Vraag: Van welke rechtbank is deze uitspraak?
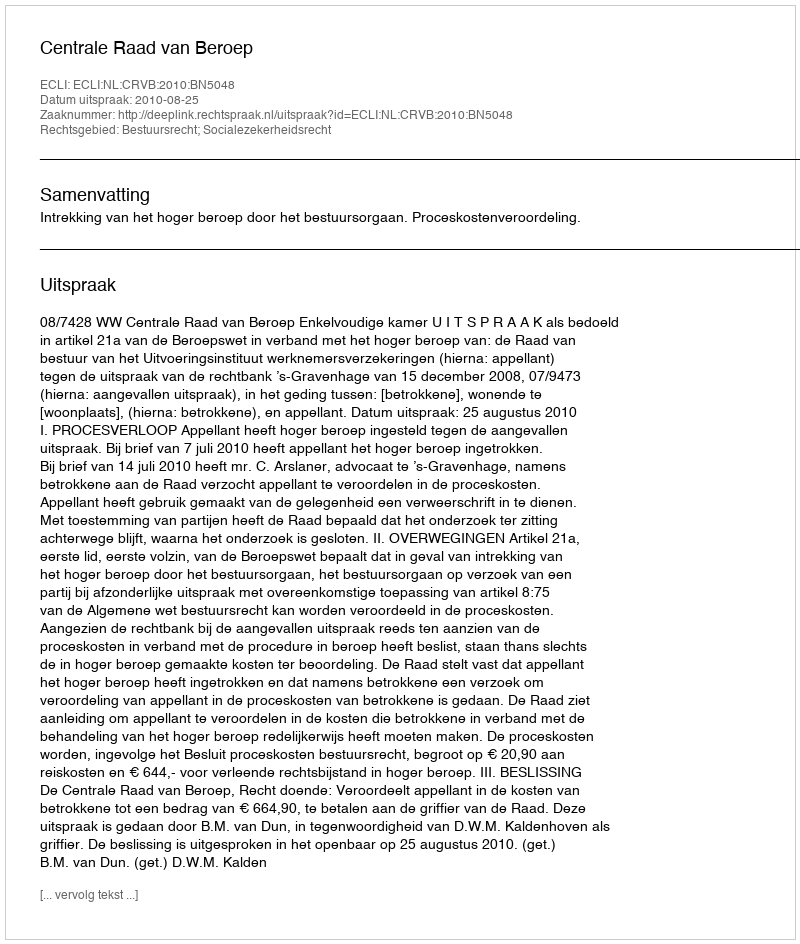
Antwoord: Centrale Raad van Beroep